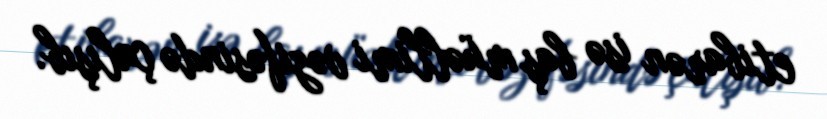
etibarən isə baş müəllimi vəzifəsində çalışıb.